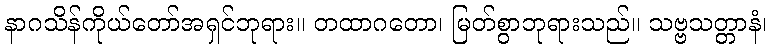
နာဂသိန်ကိုယ်တော်အရှင်ဘုရား။ တထာဂတော၊ မြတ်စွာဘုရားသည်။ သဗ္ဗသတ္တာနံ၊